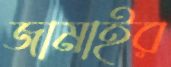
জামাইর